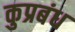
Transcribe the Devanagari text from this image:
कुप्रबंध